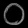
Digit: ၀